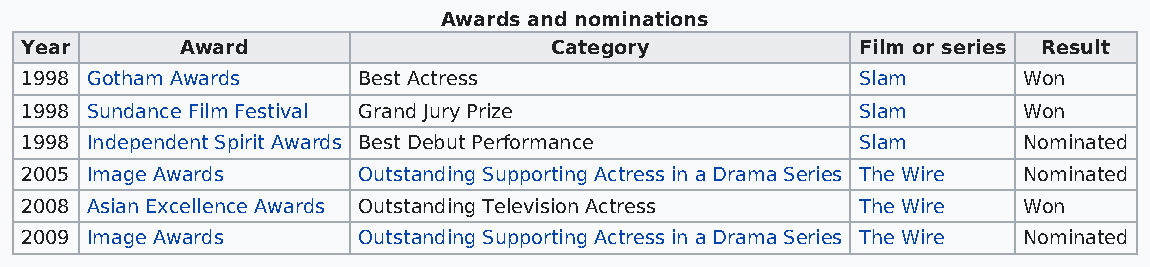
Awards and nominations
 Year       Award                   Category             Film or series Result
 1998 Gotham Awards     Best Actress                     Slam       Won
 1998 Sundance Film Festival Grand Jury Prize            Slam       Won
 1998 Independent Spirit Awards Best Debut Performance   Slam       Nominated
 2005 Image Awards      Outstanding Supporting Actress in a Drama Series The Wire Nominated
 2008 Asian Excellence Awards Outstanding Television Actress The Wire Won
 2009 Image Awards      Outstanding Supporting Actress in a Drama Series The Wire Nominated